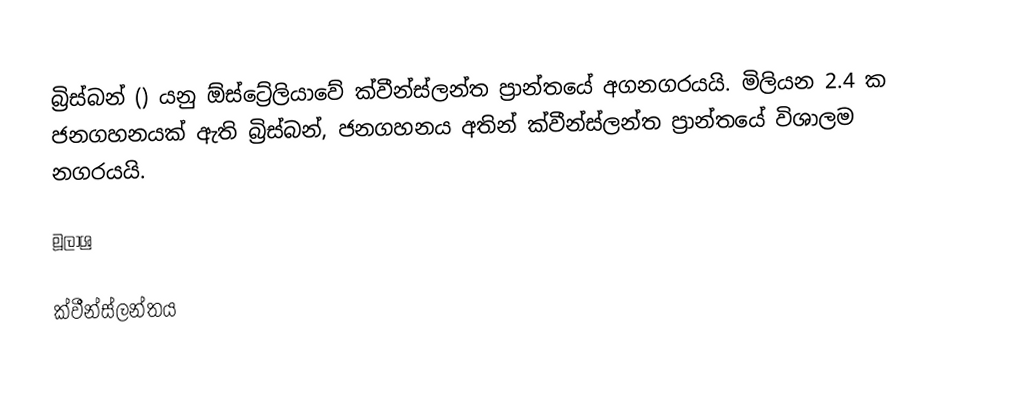
බ්‍රිස්බන් () යනු ඕස්ට්‍රේලියාවේ ක්වීන්ස්ලන්ත ප්‍රාන්තයේ අගනගරයයි. මිලියන 2.4 ක ජනගහනයක් ඇති බ්‍රිස්බන්, ජනගහනය අතින් ක්වීන්ස්ලන්ත ප්‍රාන්තයේ විශාලම නගරයයි.

මූලාශ්‍ර

ක්වීන්ස්ලන්තය